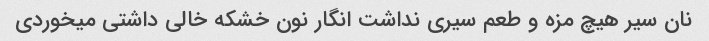
نان سیر هیچ مزه و طعم سیری نداشت انگار نون خشکه خالی داشتی میخوردی